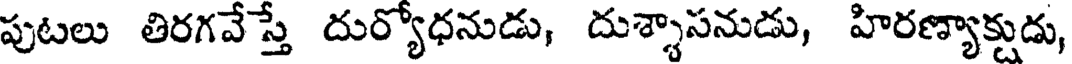
పుటలు తిరగవేస్తే దుర్యోధనుడు, దుశ్శాసనుడు, హిరణ్యాక్టుడు,